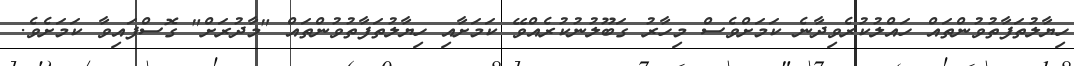
ހިޔާލުތަފާތުވުންތައް ހައްލުކުރެވިދާނެ ކަމަށްވެސް މިހާރު ގަބޫލުނުކުރެއްވޭ ކަމަށާއި ހިޔާލުތަފާތުވުންތައް "މާދުރަށް" ގޮސްފައިވާ ކަމަށެެވެ.